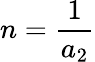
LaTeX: n=\frac{1}{a_{2}}